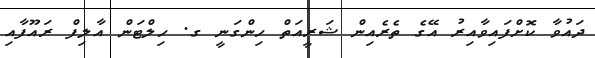
ދައުވާ ކޮށްފައިވާއިރު އޭގެ ތެރެއިން ޝަރީއަތް ހިންގަނީ ގ. ހިލްޓަން އާލިފް ރައޫފާއި